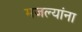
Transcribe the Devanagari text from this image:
मजल्यांना